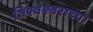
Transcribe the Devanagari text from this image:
विश्वेश्वराच्या